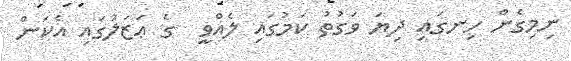
ނިމިގެން ހިނގައި ދިޔަ ވަގުތު ކަމުގައި ލެއްވީ  ގެ ޢަޒަލުގައި އެކަން